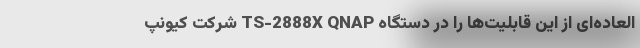
‌العاده‌ای از این قابلیت‌ها را در دستگاه TS-2888X QNAP شرکت کیونپ